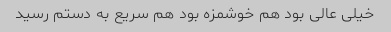
خیلی عالی بود هم خوشمزه بود هم سریع به دستم رسید